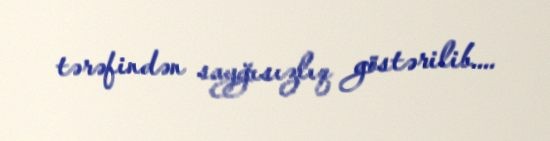
tərəfindən sayğısızlıq göstərilib....